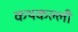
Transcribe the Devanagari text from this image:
कथकल्ली